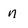
Character: n